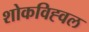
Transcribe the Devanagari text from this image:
शोकविह्वल